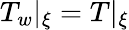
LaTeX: T_{w}\vert_{\xi}=T\vert_{\xi}